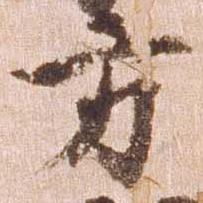
方